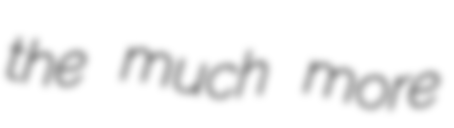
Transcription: the much more